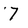
Character: 7